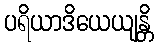
ပရိယာဒိယေယျန္တိ